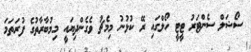
ސޯޝަލް ސެންޓަރު ޓީޓީ ހޯލްގައި ރޭ ކުޅުނު މިމެޗު ވެގެންދިޔައީ މިމުބާރާތުގެ ފުރަތަމަ